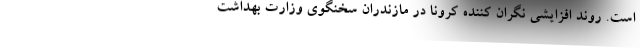
است‌. روند افزایشی نگران کننده کرونا در مازندران سخنگوی وزارت بهداشت